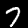
Label: 7